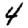
Digit: 4